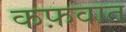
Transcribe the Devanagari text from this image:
कफ़वात